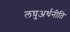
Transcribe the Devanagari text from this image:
लघुअर्थनीति